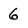
Character: 6